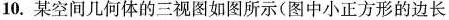
10.某空间几何体的三视图如图所示（图中小正方形的边长